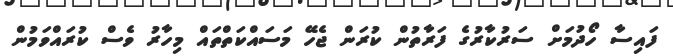
ފައިސާ ހޯދުމަށް ސަރުކާރުގެ ފަރާތުން ކުރަން ޖެހޭ މަސައްކަތްތައް މިހާރު ވެސް ކުރައްވަމުން